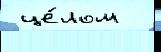
 це́лом